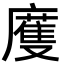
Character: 𢋒